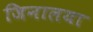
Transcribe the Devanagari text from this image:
जिनालया